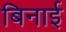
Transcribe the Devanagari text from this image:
बिनाई